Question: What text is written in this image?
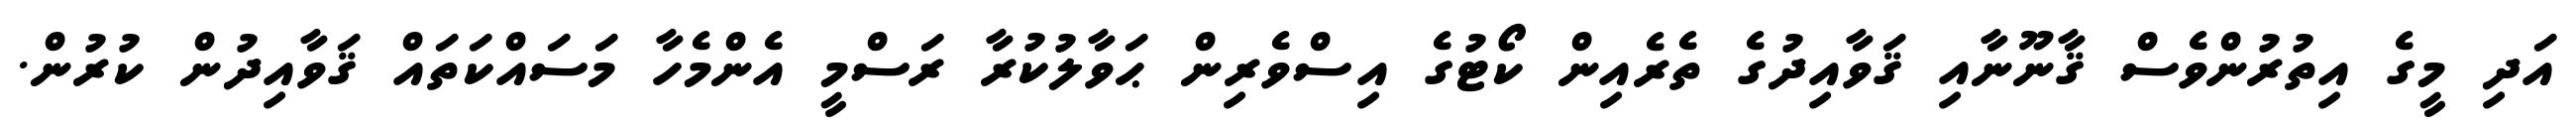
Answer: އަދި މީގެ އިތުރުންވެސް ޤާނޫނާއި ޤަވާއިދުގެ ތެރެއިން ކޯޓުގެ އިސްވެރިން ޙަވާލުކުރާ ރަސްމީ އެންމެހާ މަސައްކަތައް ޤަވާއިދުން ކުރުން.